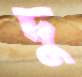
দু